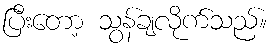
ပြီးတော့ သွန်ချလိုက်သည်။